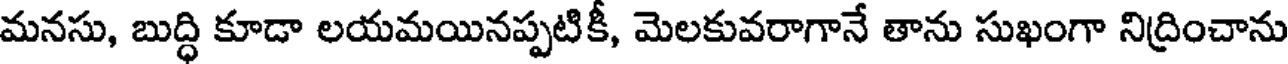
మనసు, బుద్ధి కూడా లయమయినప్పటికీ, మెలకువరాగానే తాను సుఖంగా నిద్రించాను